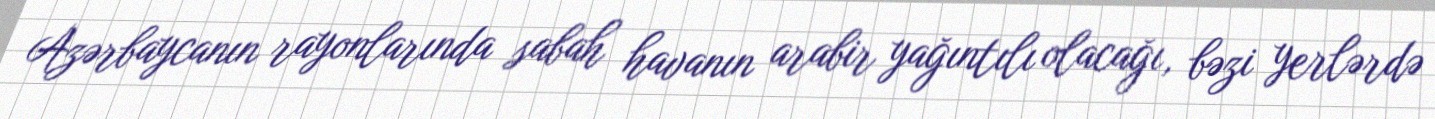
Azərbaycanın rayonlarında sabah havanın arabir yağıntılı olacağı, bəzi yerlərdə